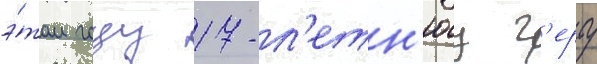
э́том году 17-л'етн'юу г'ерту